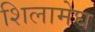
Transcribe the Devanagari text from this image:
शिलामेघ